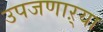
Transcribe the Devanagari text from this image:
उपजणाऱ्या